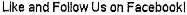
LIKE AND FOLLOW US ON FACEBOOK!